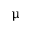
{ \upmu }